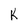
Character: K